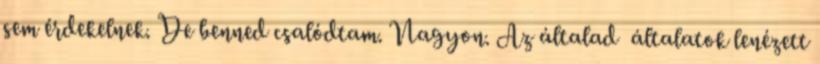
sem érdekelnek. De benned csalódtam. Nagyon. Az általad általatok lenézett